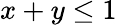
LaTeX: x+y\leq 1